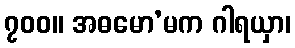
၇၀၀။ အဓမော’မက ဂါရယှာ၊